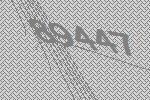
89447